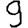
Digit: 9